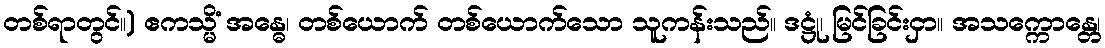
တစ်ရာတွင်။) ဧကသ္မိံ အန္ဓေ၊ တစ်ယောက် တစ်ယောက်သော သူကန်းသည်။ ဒဋ္ဌုံ၊ မြင်ခြင်းငှာ။ အသက္ကောန္တေ၊